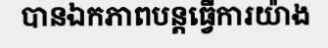
បានឯកភាពបន្តធ្វើការយ៉ាង